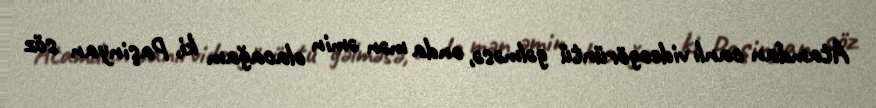
Atamdan canlı videogörüntü gəlməsə, onda mən əmin olacağam ki, Paşinyan söz